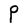
Character: P